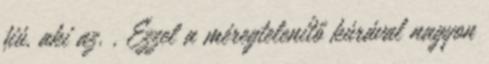
fiú, aki az. , Ezzel a méregtelenítő kúrával nagyon